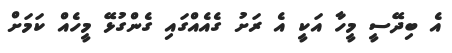
އެ ބިދޭސީ މީހާ އަކީ އެ ރަށު ގެއެއްގައި ގެންގުޅޭ މީހެއް ކަމަށް